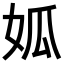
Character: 𡜁